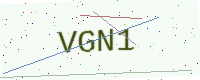
Text: VGN1